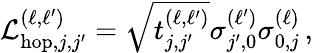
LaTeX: \mathcal{L}_{\mathrm{hop},j,j^{\prime}}^{(\ell,\ell^{\prime})}=\sqrt{t_{j,j^{\prime}}^{\left(\ell,\ell^{\prime}\right)}}\sigma_{j^{\prime},0}^{(\ell^{\prime})}\sigma_{0,j}^{\left(\ell\right)}\, ,